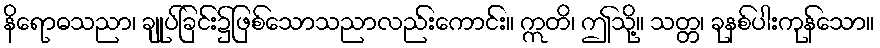
နိရောဓသညာ၊ ချုပ်ခြင်း၌ဖြစ်သောသညာလည်းကောင်း။ ဣတိ၊ ဤသို့။ သတ္တ၊ ခုနစ်ပါးကုန်သော။